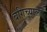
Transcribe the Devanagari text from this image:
बगिच्याला